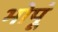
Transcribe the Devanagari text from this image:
भोपूं